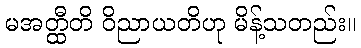
မအတ္ထီတိ ဝိညာယတိဟု မိန့်သတည်း။